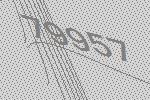
79957